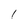
Character: 1